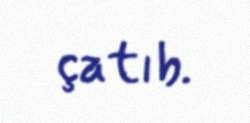
çatıb.